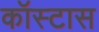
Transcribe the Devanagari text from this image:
कॉस्टास